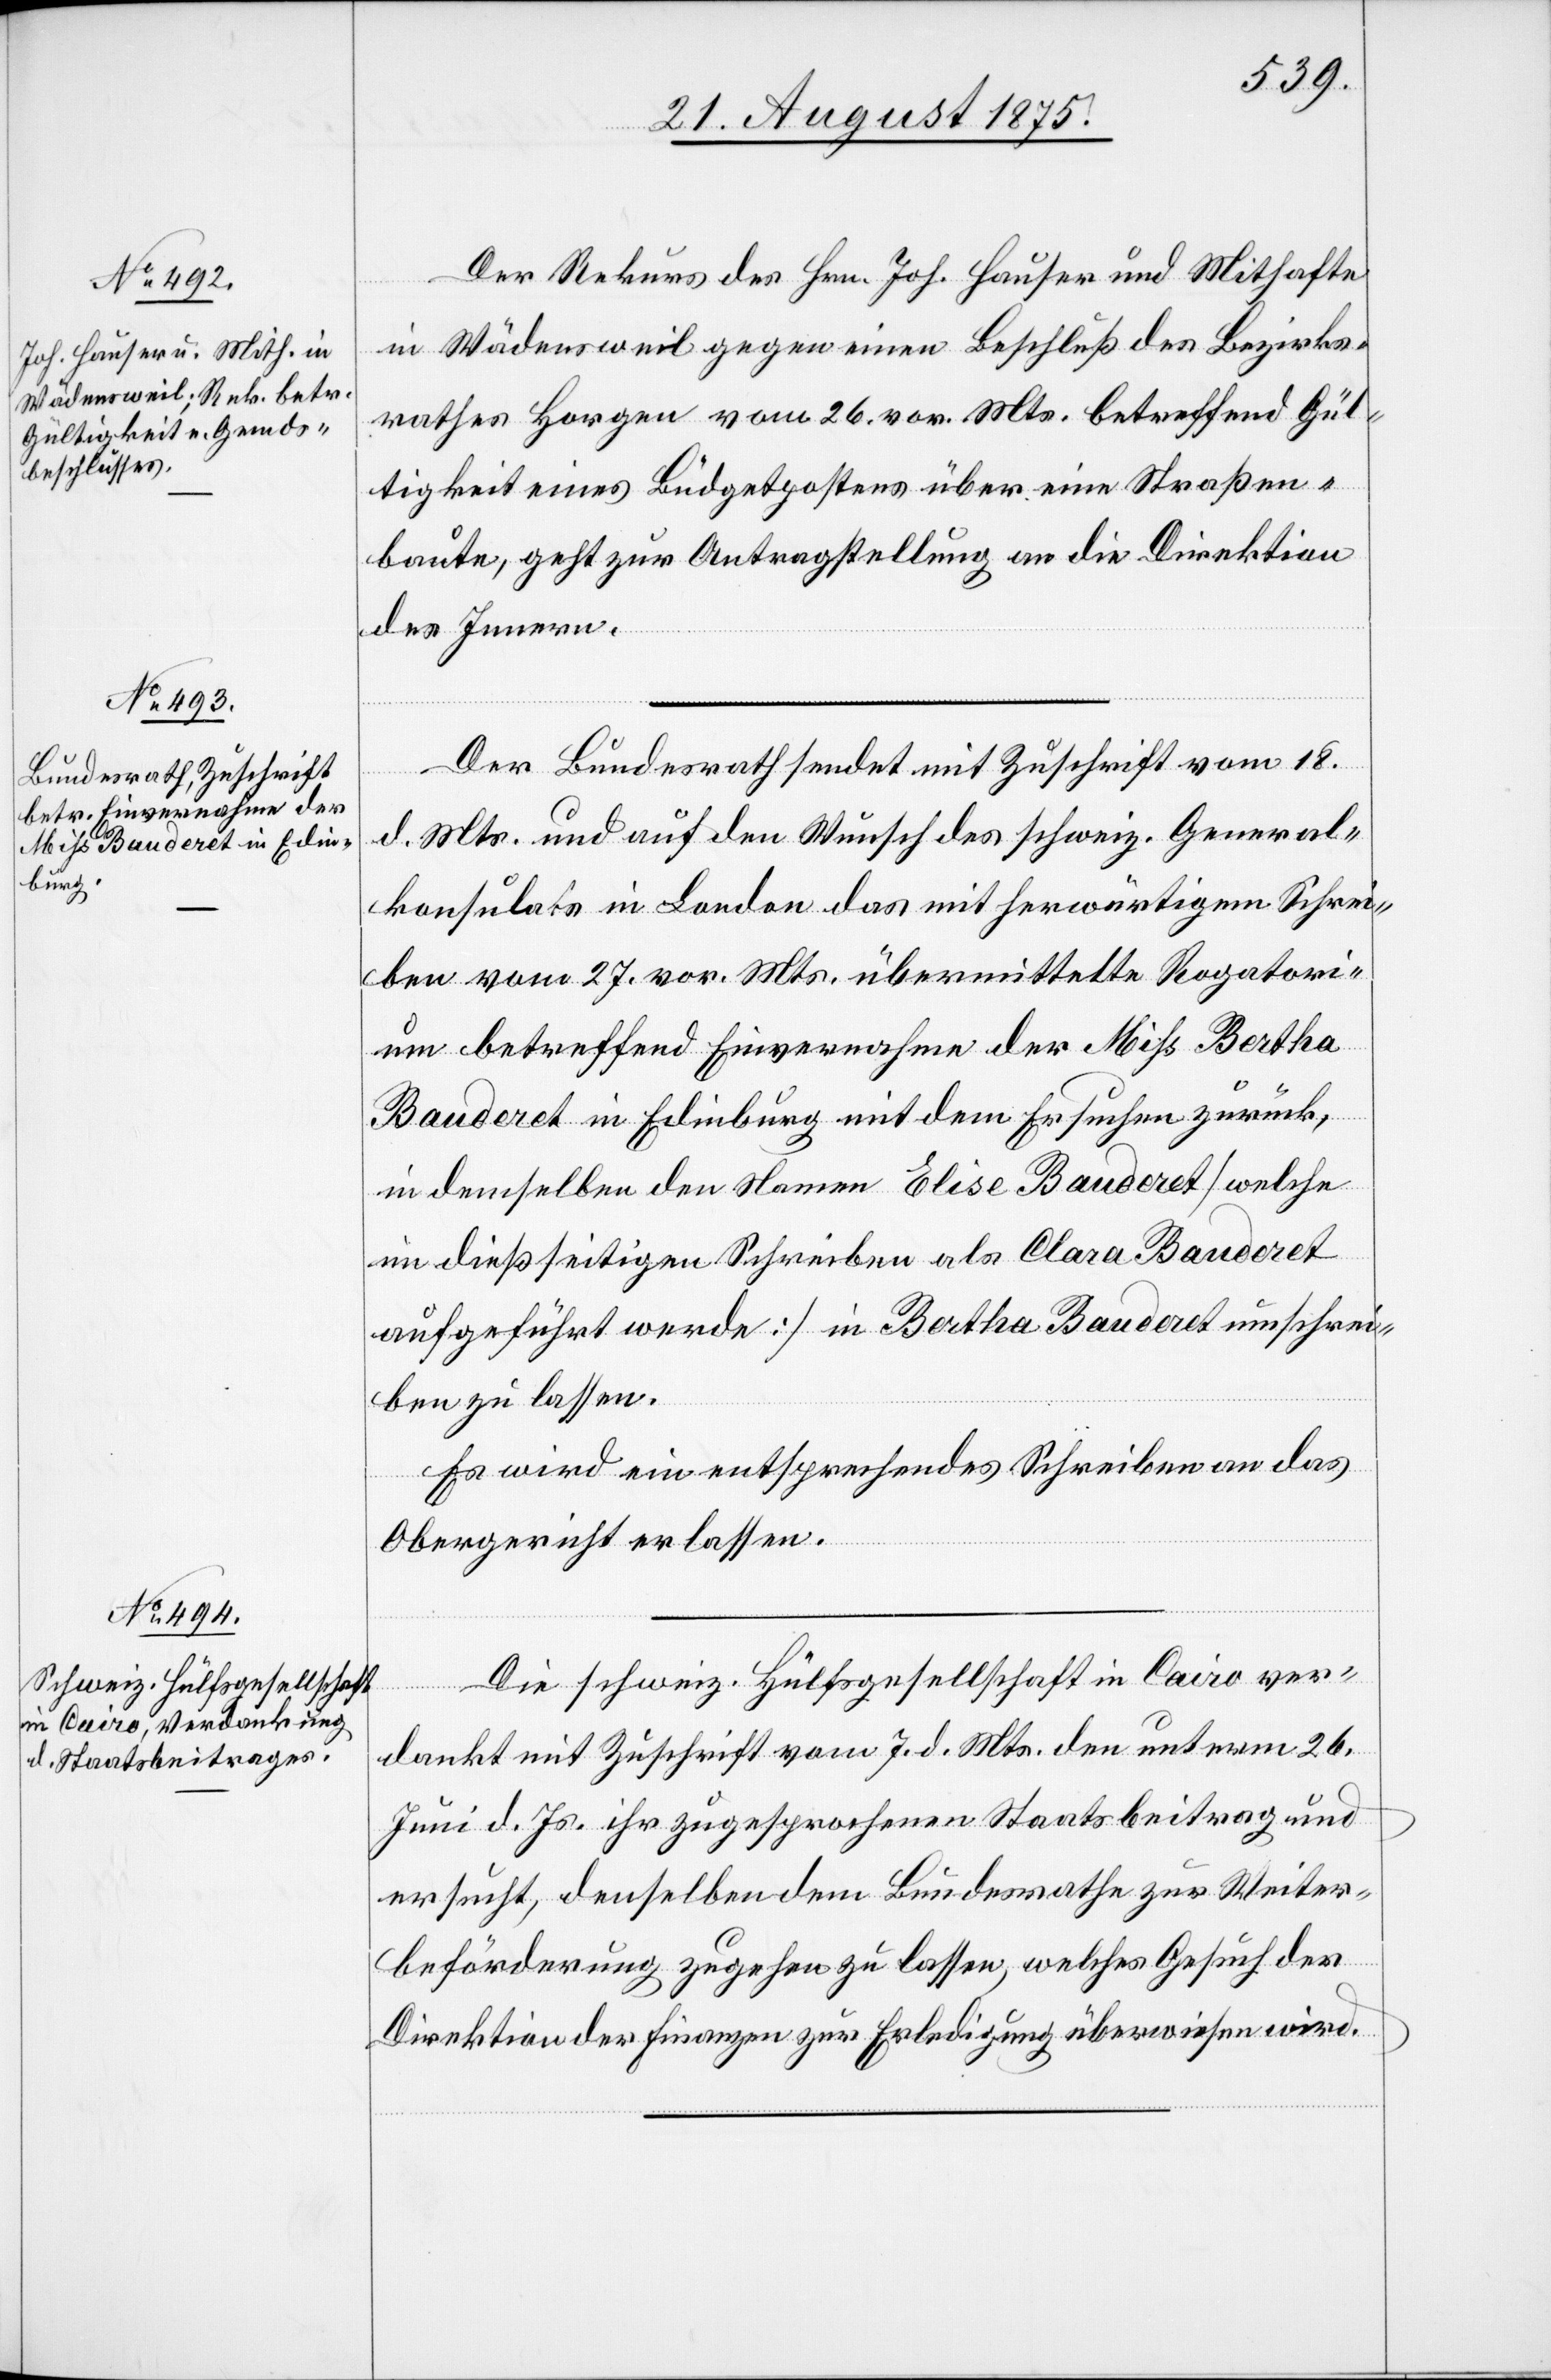
23. August 1875.]
Der Rekurs des Hrn. Joh. Hauser und Mithafte
in Wädensweil gegen einen Beschluß des Bezirks¬
rathes Horgen vom 26. vor. Mts. betreffend Gül¬
tigkeit eines Büdgetpostens über eine Straßen¬
baute, geht zur Antragstellung an die Direktion
des Innern.
Der Bundesrath sendet mit Zuschrift vom 18.
d. Mts. und auf den Wunsch des schweiz. General¬
konsulates in London das mit herwärtigem Schrei¬
ben vom 27. vor. Mts übermittelte Rogatori¬
um betreffend Einvernahme der Miß Bertha
Bauderet in Edinburg mit dem Ersuchen zurück,
in demselben den Namen Elise Bauderet [welche
im diesseitigen Schreiben als Clara Bauderet
aufgeführt werde] in Bertha Bauderet umschrei¬
ben zu lassen.
Es wird ein entsprechendes Schreiben an das
Obergericht erlassen.
Die schweiz.Hülfsgesellschaft in Cairo ver¬
Weiter¬
dankt mit Zuschrift vom 7. d. Mts. den unterm 26.
Juni d. Js. ihr zugesprochenen Staatsbeitrag zur
beförderung zugehen zu lassen, welches Gesuch der
Direktion der Finanzen zur Erledigung überwiesen wird.